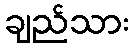
ချည်သား